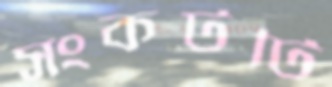
সংকটটি